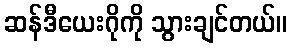
ဆန်ဒီယေးဂိုကို သွားချင်တယ်။